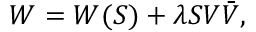
W = W ( S ) + \lambda S V \bar { V } ,